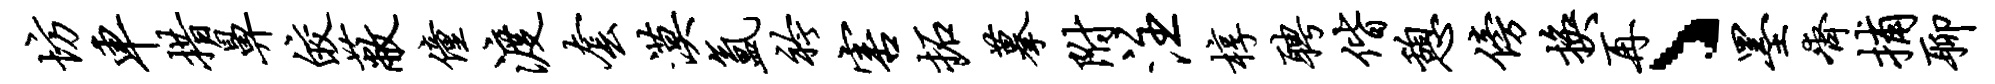
坊车措鼻皎蔽僮渡套漠氲衿害拓摹附注椁聘偕憩傍换再丶墨齐捕聊